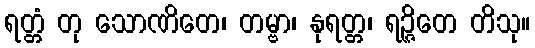
ရတ္တံ တု သောဏိတေ၊ တမ္ဗာ၊ နုရတ္တ၊ ရဉ္ဇိတေ တိသု။